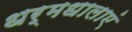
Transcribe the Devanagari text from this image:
धर्मधालाएं